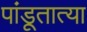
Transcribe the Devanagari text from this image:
पांडूतात्या